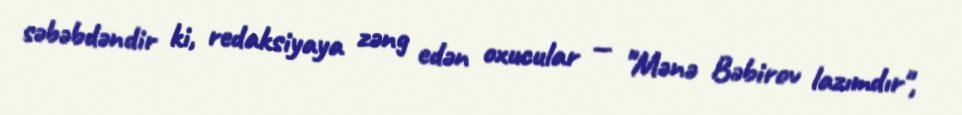
səbəbdəndir ki, redaksiyaya zəng edən oxucular — "Mənə Bəbirov lazımdır",